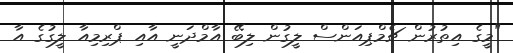
"މީގެ އިތުރުން ޗެމްޕިއަންސް ލީގުން ލިބޭ އާމްދަނީ އާއި ޕްރިމިއާ ލީގުގެ އާ